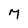
Character: M